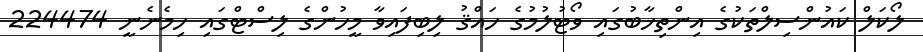
ލޯކަލް ކައުންސިލްތަކުގެ އިންތިޚާބުގައި ވޯޓުލުމުގެ ހައްޤު ލިބިފައިވާ މީހުންގެ ލިސްޓްގައި ހިމެނެނީ 224474